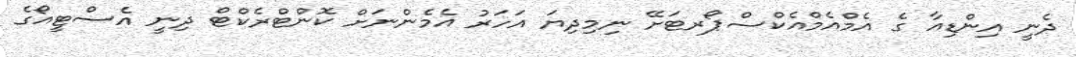
ދެނީ އިންޑިއާ ގެ އެމްއެމްއެކްސްޕޯރޓަށޭ ނިމިދިޔަ އަހަރު އެމެންނަށް ކޮންޓްރެކްޓް ދިނީ އެސްޓީއޯގެ